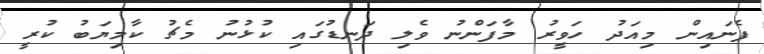
ފެނައިން މިއަދު ހަވީރު މާފަންނު ވެލި ދަނޑުގައި ކުޅުނު މެޗު ކާމިޔަބު ކުރީ